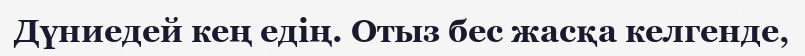
Дүниедей кең едің. Отыз бес жасқа келгенде,